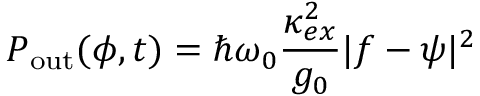
P _ { \mathrm { o u t } } ( \phi , t ) = \hbar \omega _ { 0 } \frac { \kappa _ { e x } ^ { 2 } } { g _ { 0 } } | f - \psi | ^ { 2 }